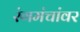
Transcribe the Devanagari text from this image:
रंगमंचांवर